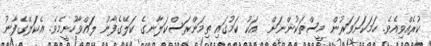
ކުރެއްވިއެވެ. ހަމަކަށަވަރުން މީސްތަކުންނަށް  އަކު ކަމުގައި ތިމަންރަސްކަލާނގެ ކަލޭގެފާނު ލައްވާހުށީމެވެ. އެކަލޭގެފާނު